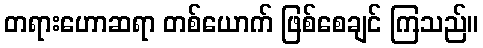
တရားဟောဆရာ တစ်ယောက် ဖြစ်စေချင် ကြသည်။